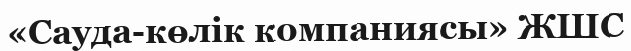
«Сауда-көлік компаниясы» ЖШС